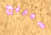
سيربح